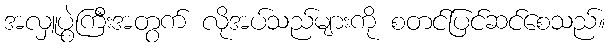
အလှူပွဲကြီးအတွက် လိုအပ်သည်များကို စတင်ပြင်ဆင်စေသည်။